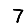
Digit: 7